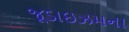
જૂડાઇઝમના